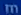
m